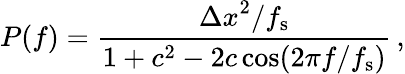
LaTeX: P(f)=\frac{{\Delta x}^{2}/f_{\mathrm{s}}}{1+c^{2}-2c\cos(2\pi f/f_{\mathrm{s}})}\, ,